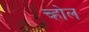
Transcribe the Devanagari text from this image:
च्होल